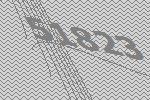
51823